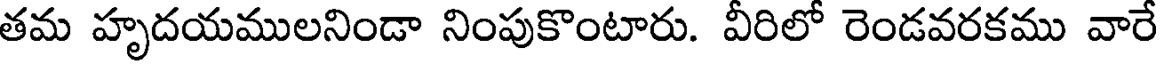
తమ హృదయములనిండా నింపుకొంటారు. వీరిలో రెండవరకము వారే